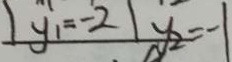
y _ { 1 } = - 2 y _ { 2 } = - 1